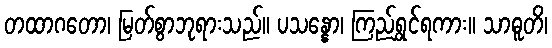
တထာဂတော၊ မြတ်စွာဘုရားသည်။ ပသန္နော၊ ကြည်ရွှင်ရကား။ သာဓူတိ၊